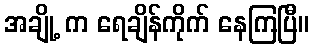
အချို့ က ရေချိန်ကိုက် နေကြပြီ။